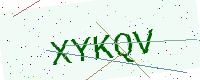
Text: XYKQV